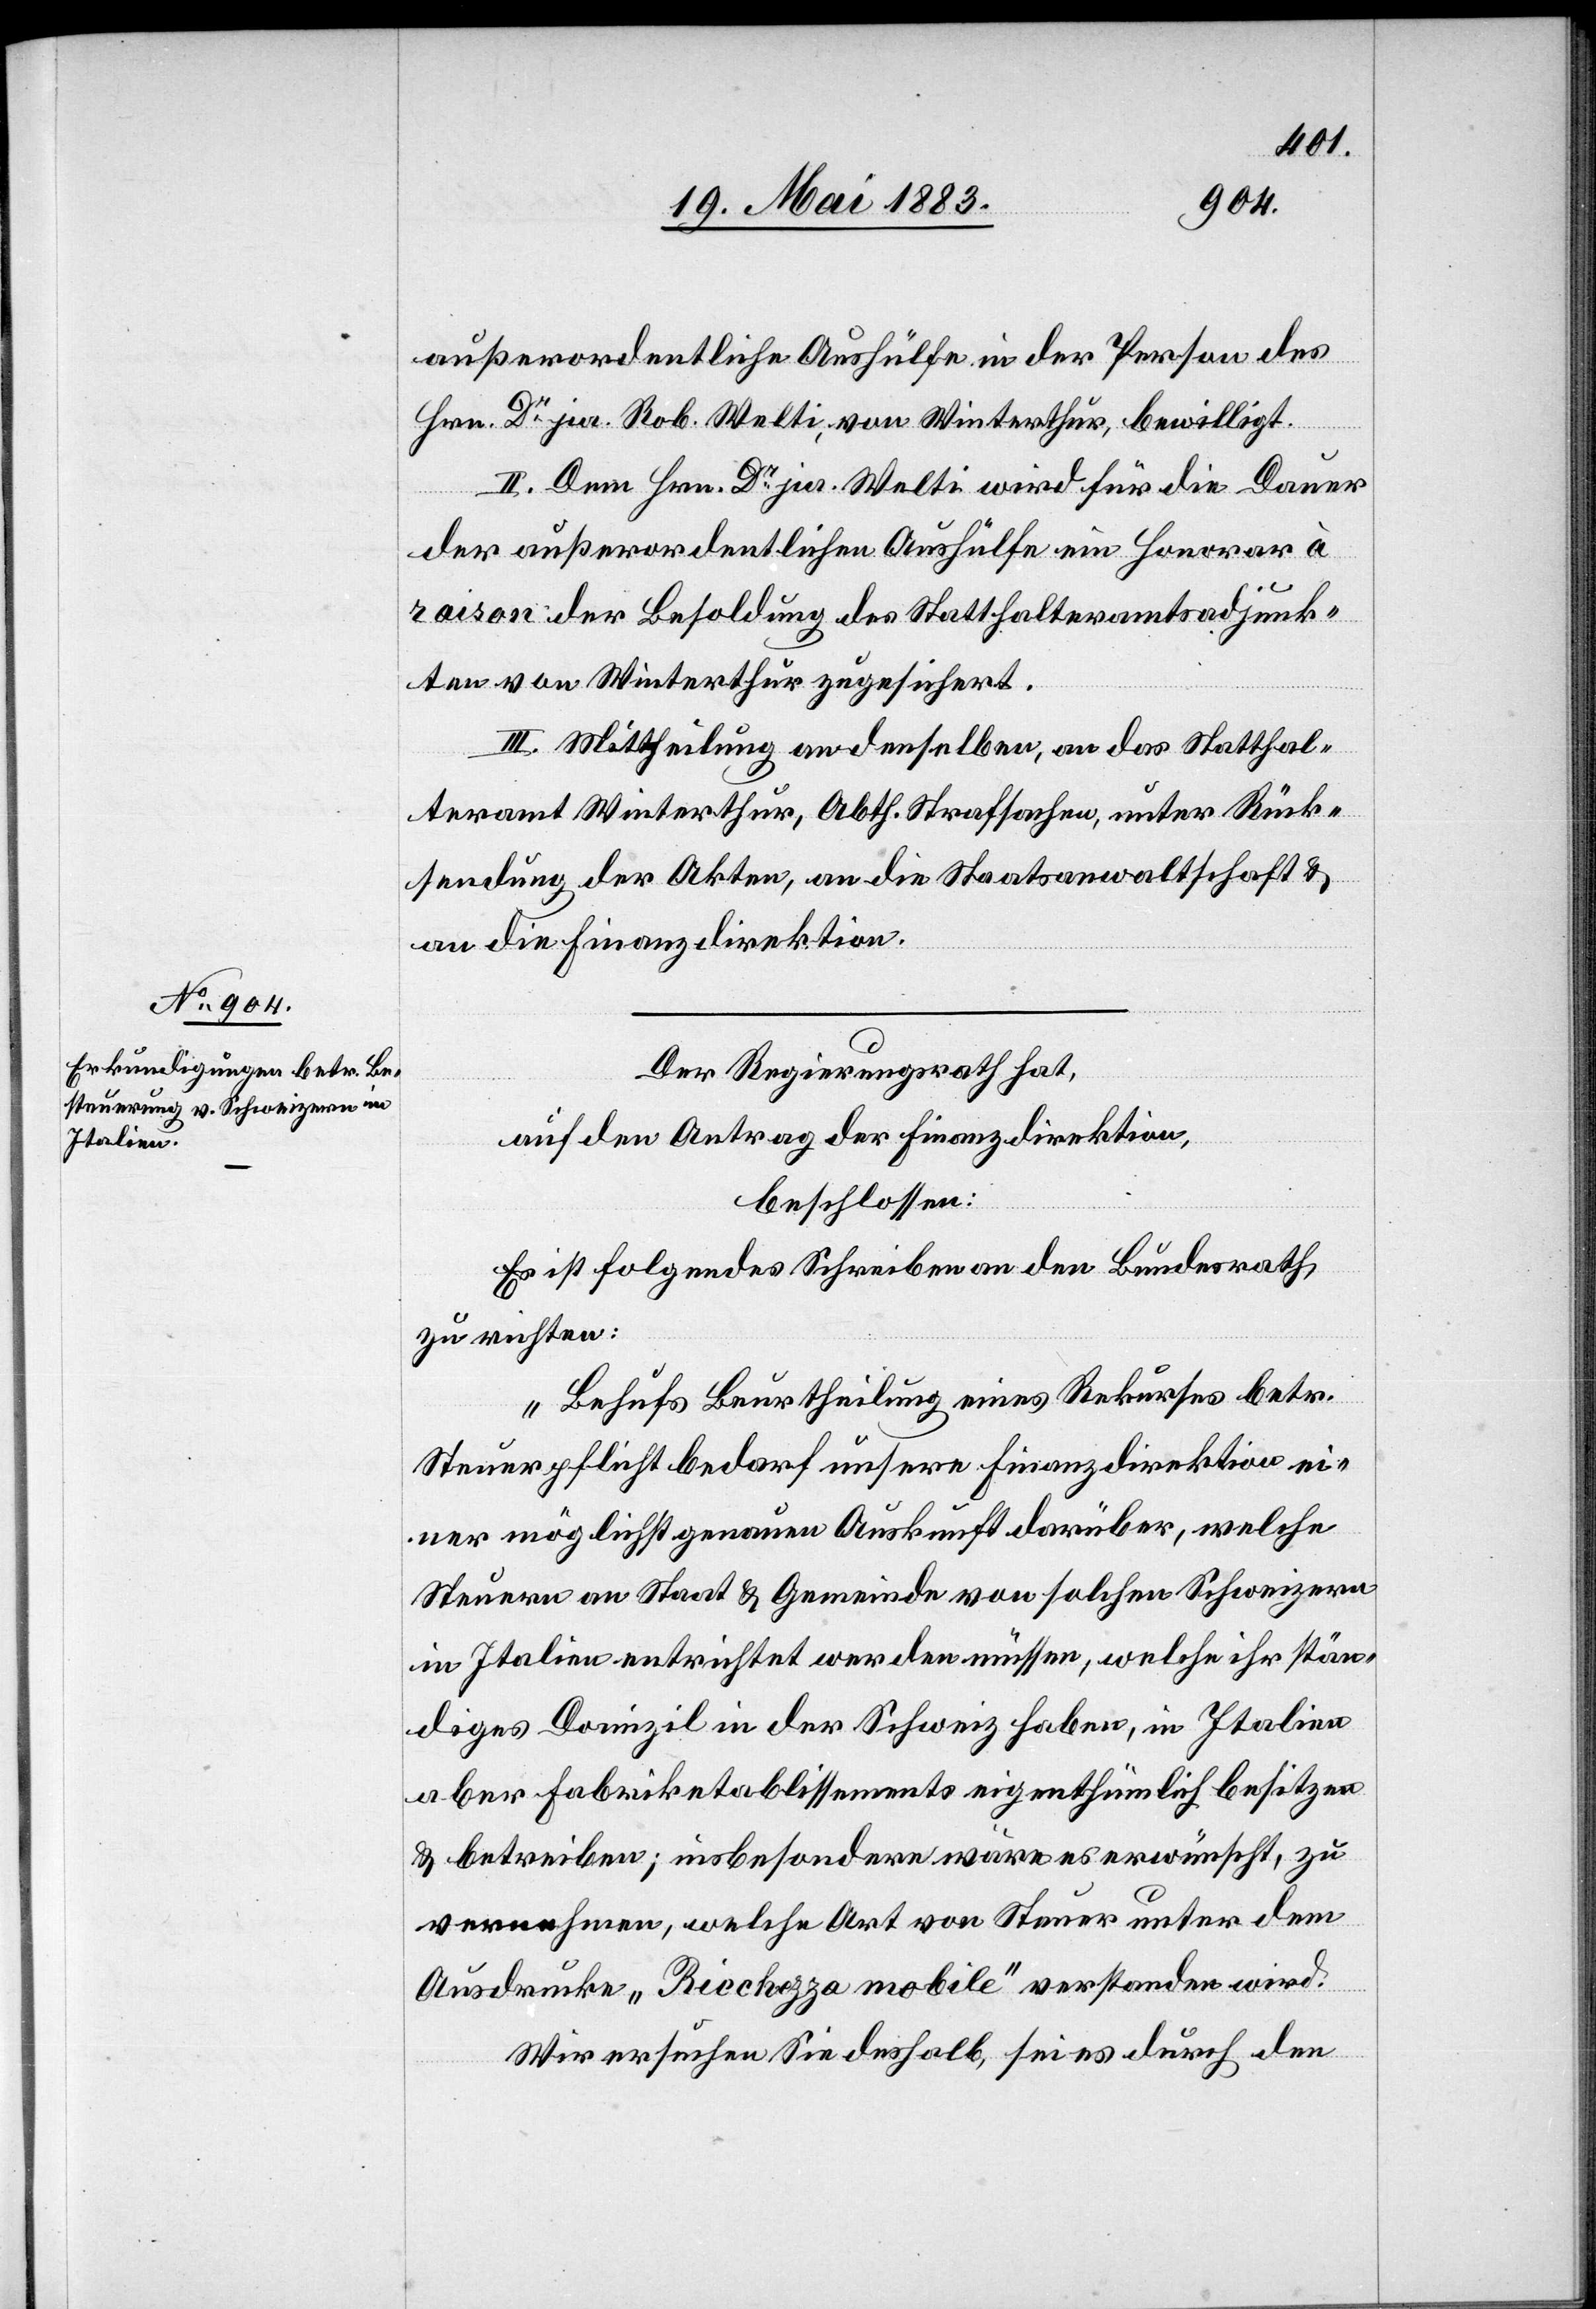
außerordentliche Aushülfe in der Person des
Hrn. Dr jur. Welti, von Winterthur, bewilligt.
II. Dem Hrn. Dr jur. Welti wird für die Dauer
der außerordentlichen Aushülfe ein Honorar à
raison der Besoldung des Statthalteramtsadjunk¬
ten von Winterthur zugesichert.
III. Mittheilung an denselben, an das Statthal¬
teramt Winterthur, Abth. Strafsachen, unter Rück¬
sendung der Akten, an die Staatsanwaltschaft &
an die Finanzdirektion.
Der Regierungsrath hat,
auf den Antrag der Finanzdirektion,
beschlossen:
Es ist folgendes Schreiben an den Bundesrath
zu richten:
„Behufs Beurtheilung eines Rekurses betr.
Steuerpflicht bedarf unsere Finanzdirektion ei¬
ner möglichst genauen Auskunft darüber, welche
Steuern an Staat & Gemeinde von solchen Schweizern
in Italien entrichtet werden müssen, welche ihr stän¬
diges Domizil in der Schweiz haben, in Italien
aber Fabriketablissements eigenthümlich besitzen
& betreiben; insbesondere wäre es erwünscht, zu
vernehmen, welche Art von Steuer unter dem
Ausdrucke „Ricchozza mobile“ verstanden wird.
Wir ersuchen Sie deshalb, sei es durch den